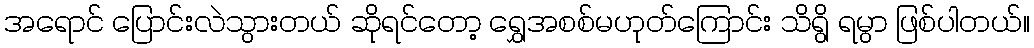
အရောင် ပြောင်းလဲသွားတယ် ဆိုရင်တော့ ရွှေအစစ်မဟုတ်ကြောင်း သိရွိ ရမွာ ဖြစ်ပါတယ်။